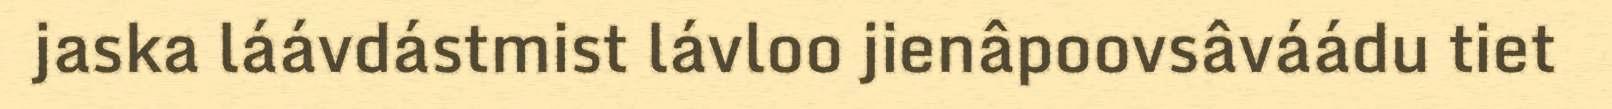
jaska láávdástmist lávloo jienâpoovsâváádu tiet